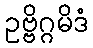
ဥဗ္ဗိဂ္ဂမိဒံ